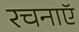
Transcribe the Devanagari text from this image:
रचनाऍ